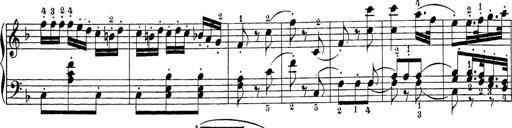
Title: Sonatina Album
Composer: Louis KÃ¶hler